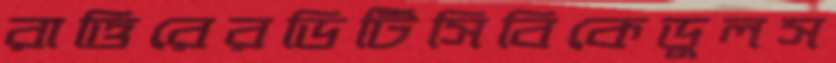
রাত্তিরেরডিটিসিবিকেডুলস